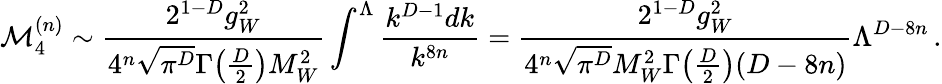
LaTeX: \mathcal{M}_{4}^{(n)}\sim\frac{2^{1-D}g_{W}^{2}}{4^{n}\sqrt{\pi^{D}}\Gamma\big(\frac{D}{2}\big)M_{W}^{2}}\int^{\Lambda}\frac{k^{D-1}dk}{k^{8n}}=\frac{2^{1-D}g_{W}^{2}}{4^{n}\sqrt{\pi^{D}}M_{W}^{2}\Gamma\big(\frac{D}{2}\big)(D-8n)}\Lambda^{D-8n}\, .